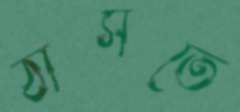
ঠাসতে